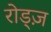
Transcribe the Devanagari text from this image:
रोड्ज़